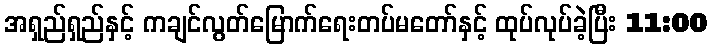
အရှည်ရှည်နှင့် ကချင်လွတ်မြောက်ရေးတပ်မတော်နှင့် ထုပ်လုပ်ခဲ့ပြီး 11:00